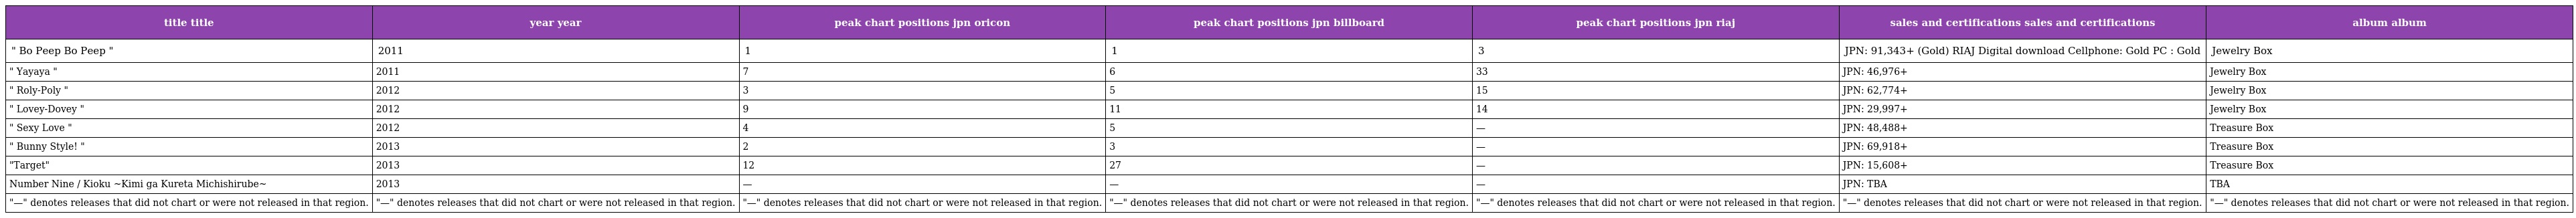
| title title | year year | peak chart positions jpn oricon | peak chart positions jpn billboard | peak chart positions jpn riaj | sales and certifications sales and certifications | album album |
 | --- | --- | --- | --- | --- | --- | --- |
 | " Bo Peep Bo Peep " | 2011 | 1 | 1 | 3 | JPN: 91,343+ (Gold) RIAJ Digital download Cellphone: Gold PC : Gold | Jewelry Box |
 | " Yayaya " | 2011 | 7 | 6 | 33 | JPN: 46,976+ | Jewelry Box |
 | " Roly-Poly " | 2012 | 3 | 5 | 15 | JPN: 62,774+ | Jewelry Box |
 | " Lovey-Dovey " | 2012 | 9 | 11 | 14 | JPN: 29,997+ | Jewelry Box |
 | " Sexy Love " | 2012 | 4 | 5 | — | JPN: 48,488+ | Treasure Box |
 | " Bunny Style! " | 2013 | 2 | 3 | — | JPN: 69,918+ | Treasure Box |
 | "Target" | 2013 | 12 | 27 | — | JPN: 15,608+ | Treasure Box |
 | Number Nine / Kioku ~Kimi ga Kureta Michishirube~ | 2013 | — | — | — | JPN: TBA | TBA |
 | "—" denotes releases that did not chart or were not released in that region. | "—" denotes releases that did not chart or were not released in that region. | "—" denotes releases that did not chart or were not released in that region. | "—" denotes releases that did not chart or were not released in that region. | "—" denotes releases that did not chart or were not released in that region. | "—" denotes releases that did not chart or were not released in that region. | "—" denotes releases that did not chart or were not released in that region. |